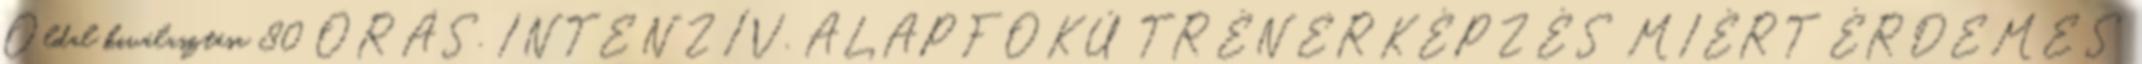
Oldal kiválasztása 80 ÓRÁS, INTENZÍV, ALAPFOKÚ TRÉNERKÉPZÉS MIÉRT ÉRDEMES